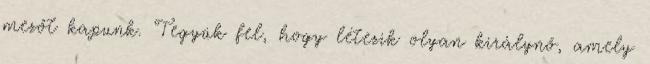
mezőt kapunk. Tegyük fel, hogy létezik olyan királynő, amely